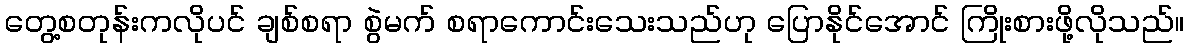
တွေ့စတုန်းကလိုပင် ချစ်စရာ စွဲမက် စရာကောင်းသေးသည်ဟု ပြောနိုင်အောင် ကြိုးစားဖို့လိုသည်။